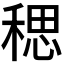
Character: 𫀼